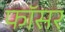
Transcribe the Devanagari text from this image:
फॉसर